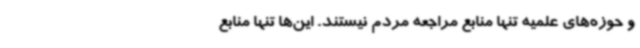
و حوزه‌های علمیه تنها منابع مراجعه مردم نیستند. این‌ها تنها منابع